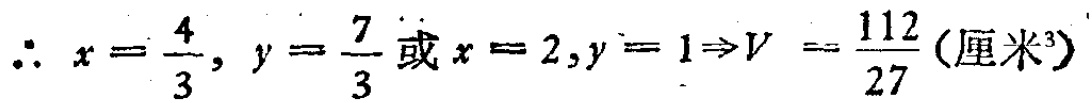
\(\therefore x = \frac{4}{3}, y = \frac{7}{3}或x = 2, y = 1\Rightarrow V = \frac{112}{27}(厘米^{3})\)